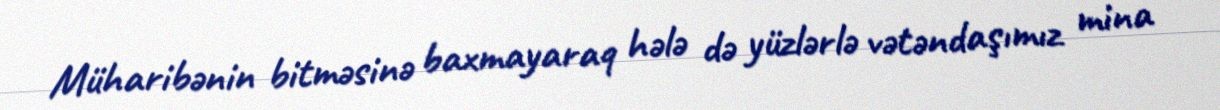
Müharibənin bitməsinə baxmayaraq hələ də yüzlərlə vətəndaşımız mina